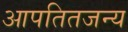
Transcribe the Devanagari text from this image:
आपतितजन्य